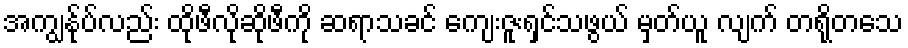
အကျွန်ုပ်လည်း ထိုဖီလိုဆိုဖီကို ဆရာသခင် ကျေးဇူးရှင်သဖွယ် မှတ်ယူ လျက် တရိုတသေ